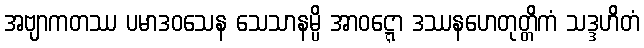
အဗျာကတဿ ပမာဒဝသေန သေသာနမ္ပိ အာဝဋ္ဋော ဒဿနဟေတုတ္တိကံ သဒ္ဒဟိတံ